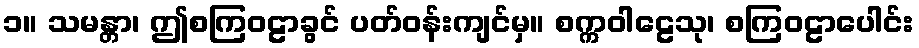
၁။ သမန္တာ၊ ဤစကြဝဠာခွင် ပတ်ဝန်းကျင်မှ။ စက္ကဝါဠေသု၊ စကြဝဠာပေါင်း